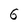
Character: 6